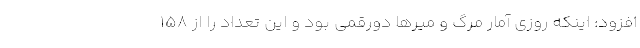
افزود: اینکه روزی آمار مرگ و میرها دورقمی بود و این تعداد را از ۱۵۸